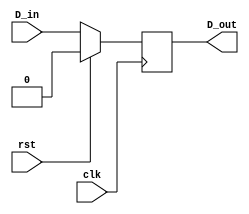
`timescale 1ns / 1ps
//////////////////////////////////////////////////////////////////////////////////
// Company: 
// Engineer: 
// 
// Design Name: 
// Module Name:    D_FF 
// Project Name: 
// Target Devices: 
// Tool versions: 
// Description: 
//
// Dependencies: 
//
// Revision: 
// Revision 0.01 - File Created
// Additional Comments: 
//
//////////////////////////////////////////////////////////////////////////////////
module D_FF(clk,rst,D_in,D_out);
input D_in;
input clk,rst;
output reg D_out;

always@(posedge clk) begin
if(rst) begin
D_out<=1'b0;
end
else begin
D_out<=D_in;
end
end


endmodule